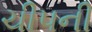
ચીપની